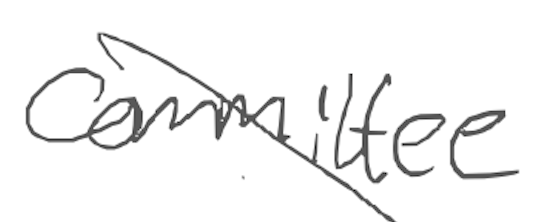
Text: committee
Cross-out: diagonal
Writing tool: digital_gray